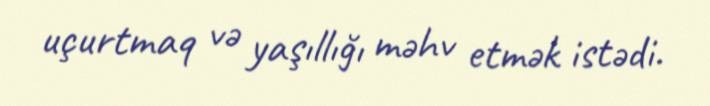
uçurtmaq və yaşıllığı məhv etmək istədi.